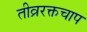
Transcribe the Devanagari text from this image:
तीव्ररक्तचाप